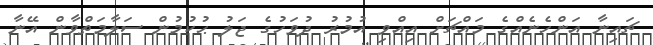
ޗައިނާ އަންހެނެއްގެ މައްޗަށް އިއްވި އުމުރު ދުވަހުގެ ޖަލު ޙުކުމުން ސަލާމަތްވާން އޭނާ